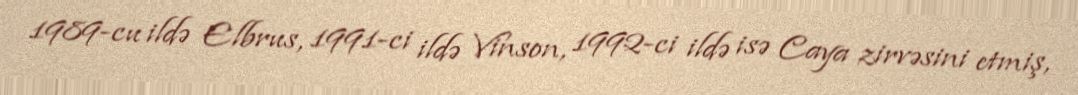
1989-cu ildə Elbrus, 1991-ci ildə Vinson, 1992-ci ildə isə Caya zirvəsini etmiş,